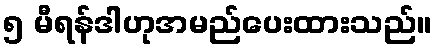
၅ မီရန်ဒါဟုအမည်ပေးထားသည်။